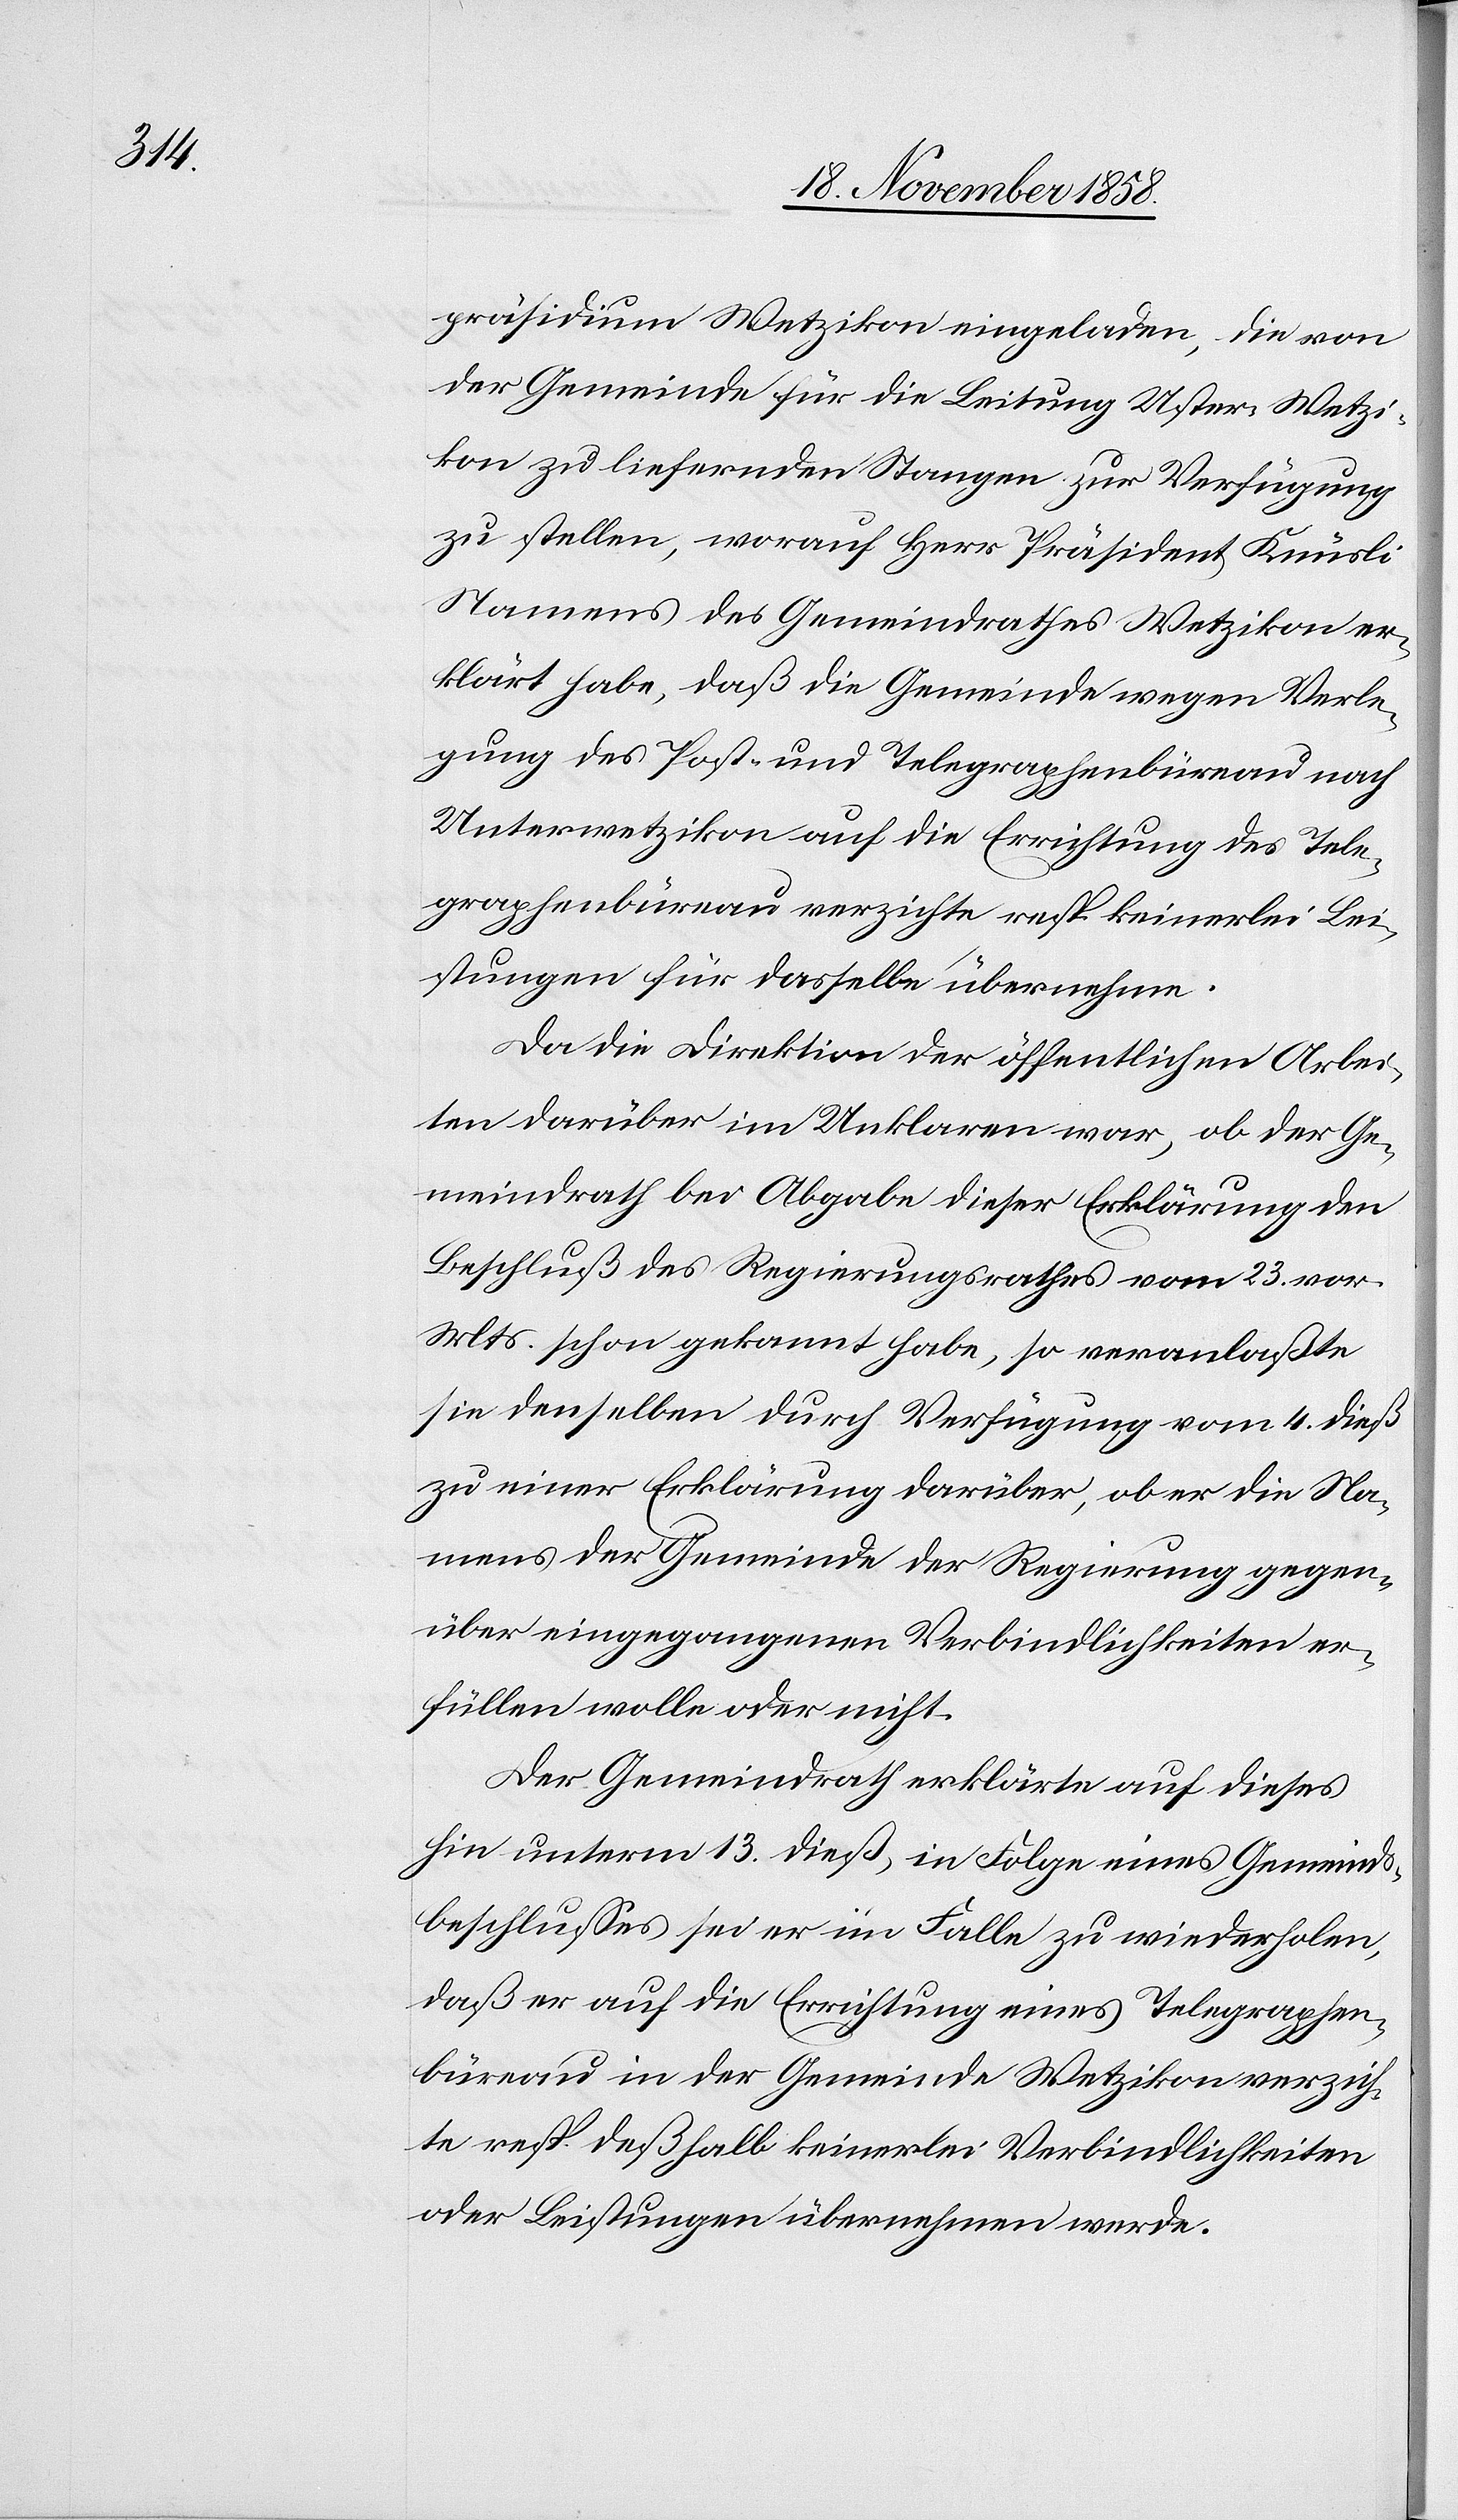
präsidium Wetzikon eingeladen, die von
der Gemeinde für die Leitung Uster–Wetzi¬
kon zu liefernden Stangen zur Verfügung
zu stellen, worauf Herr Präsident Knüsli
Namens des Gemeindrathes Wetzikon er¬
klärt habe, daß die Gemeinde wegen Verle¬
gung des Post- und Telegraphenbüreau nach
Unterwetzikon auf die Errichtung des Tele¬
graphenbüreau verzichte resp. keinerlei Lei¬
stungen für dasselbe übernehme.
Da die Direktion der öffentlichen Arbei¬
ten darüber im Unklaren war, ob der Ge¬
meindrath bei Abgabe dieser Erklärung den
Beschluß des Regierungsrathes vom 23. vor.
Mts. schon gekannt habe, so veranlaßte
sie denselben durch Verfügung vom 4. dieß
zu einer Erklärung darüber, ob er die Na¬
mens der Gemeinde der Regierung gegen¬
über eingegangenen Verbindlichkeiten er¬
füllen wolle oder nicht.
Der Gemeindrath erklärte auf dieses
hin unterm 13. dieß, in Folge eines Gemeinds¬
beschlusses sei er im Falle zu wiederholen,
daß er auf die Errichtung eines Telegraphen¬
büreau in der Gemeinde Wetzikon verzich¬
te resp. deßhalb keinerlei Verbindlichkeiten
oder Leistungen übernehmen werde.